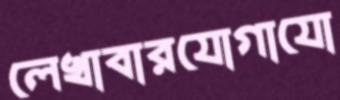
লেখাবারযোগাযো